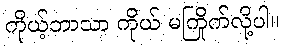
ကိုယ့်ဘာသာ ကိုယ် မကြိုက်လို့ပါ။